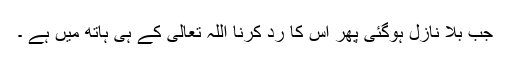
جب بلا نازل ہوگئی پھر اس کا رد کرنا اللہ تعالٰی کے ہی ہاتھ میں ہے ۔